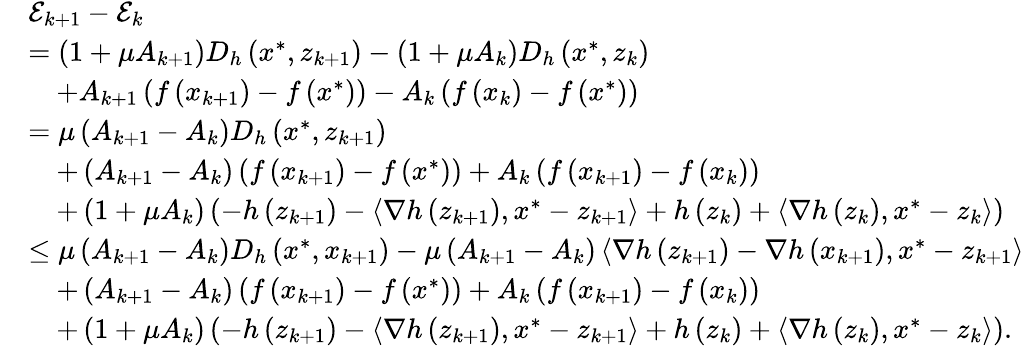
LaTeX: \begin{array}{rl}&{\mathcal{E}_{k+1}-\mathcal{E}_{k}}\\ &{=\left(1+\mu A_{k+1}\right)D_{h}\left(x^{*},z_{k+1}\right)-\left(1+\mu A_{k}\right)D_{h}\left(x^{*},z_{k}\right)}\\ &{\quad+A_{k+1}\left(f\left(x_{k+1}\right)-f\left(x^{*}\right)\right)-A_{k}\left(f\left(x_{k}\right)-f\left(x^{*}\right)\right)}\\ &{=\mu\left(A_{k+1}-A_{k}\right)D_{h}\left(x^{*},z_{k+1}\right)}\\ &{\quad+\left(A_{k+1}-A_{k}\right)\left(f\left(x_{k+1}\right)-f\left(x^{*}\right)\right)+A_{k}\left(f\left(x_{k+1}\right)-f\left(x_{k}\right)\right)}\\ &{\quad+\left(1+\mu A_{k}\right)\left(-h\left(z_{k+1}\right)-\left\langle\nabla h\left(z_{k+1}\right),x^{*}-z_{k+1}\right\rangle+h\left(z_{k}\right)+\left\langle\nabla h\left(z_{k}\right),x^{*}-z_{k}\right\rangle\right)}\\ &{\leq\mu\left(A_{k+1}-A_{k}\right)D_{h}\left(x^{*},x_{k+1}\right)-\mu\left(A_{k+1}-A_{k}\right)\left\langle\nabla h\left(z_{k+1}\right)-\nabla h\left(x_{k+1}\right),x^{*}-z_{k+1}\right\rangle}\\ &{\quad+\left(A_{k+1}-A_{k}\right)\left(f\left(x_{k+1}\right)-f\left(x^{*}\right)\right)+A_{k}\left(f\left(x_{k+1}\right)-f\left(x_{k}\right)\right)}\\ &{\quad+\left(1+\mu A_{k}\right)\left(-h\left(z_{k+1}\right)-\left\langle\nabla h\left(z_{k+1}\right),x^{*}-z_{k+1}\right\rangle+h\left(z_{k}\right)+\left\langle\nabla h\left(z_{k}\right),x^{*}-z_{k}\right\rangle\right).}\end{array}